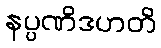
နပ္ပဏိဒဟတိ